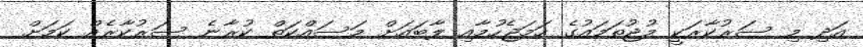
އަދި މި ސަރުކާރަކީ މުޖުތަމައުގެ ހަމަޖެހުމާއި ލާބައަށް މަސައްކަތްް ކުރާނެ ސަރުކާރެއް ކަމަށް